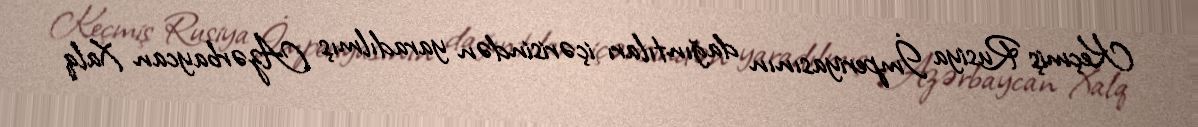
Keçmiş Rusiya İmperiyasının dağıntıları içərisindən yaradılmış Azərbaycan Xalq